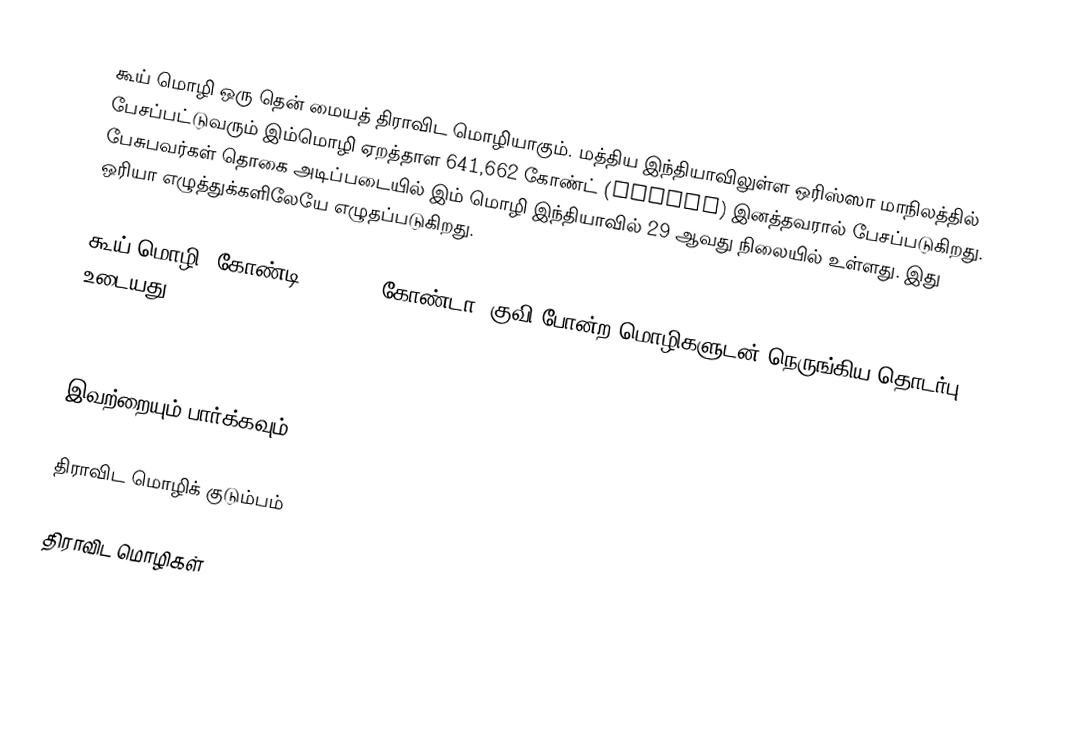
கூய் மொழி ஒரு தென் மையத் திராவிட மொழியாகும். மத்திய இந்தியாவிலுள்ள ஒரிஸ்ஸா மாநிலத்தில் பேசப்பட்டுவரும் இம்மொழி ஏறத்தாள 641,662 கோண்ட் (khonds) இனத்தவரால் பேசப்படுகிறது. பேசுபவர்கள் தொகை அடிப்படையில் இம் மொழி இந்தியாவில் 29 ஆவது நிலையில் உள்ளது. இது ஒரியா எழுத்துக்களிலேயே எழுதப்படுகிறது.

கூய் மொழி, கோண்டி (Gondi), கோண்டா, குவி போன்ற மொழிகளுடன் நெருங்கிய தொடர்பு உடையது.

.

இவற்றையும் பார்க்கவும்

 திராவிட மொழிக் குடும்பம்

திராவிட மொழிகள்